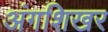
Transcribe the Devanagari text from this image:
अंगशिखर